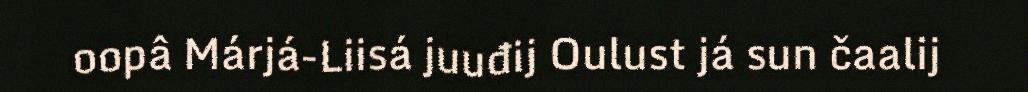
oopâ Márjá-Liisá juuđij Oulust já sun čaalij